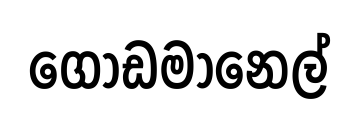
ගොඩමානෙල්